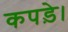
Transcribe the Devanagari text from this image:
कपड़े।